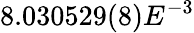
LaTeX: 8.030529(8)E^{-3}